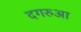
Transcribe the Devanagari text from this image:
दगरुआ